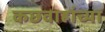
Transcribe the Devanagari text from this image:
कछवाहांच्या